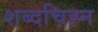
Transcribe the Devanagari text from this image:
शब्दचिह्न